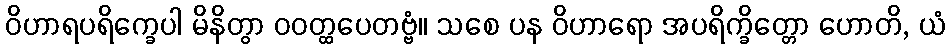
ဝိဟာရပရိက္ခေပါ မိနိတွာ ဝဝတ္ထပေတဗ္ဗံ။ သစေ ပန ဝိဟာရော အပရိက္ခိတ္တော ဟောတိ, ယံ